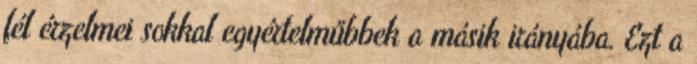
fél érzelmei sokkal egyértelműbbek a másik irányába. Ezt a